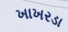
ખાખરડા